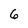
Character: 6